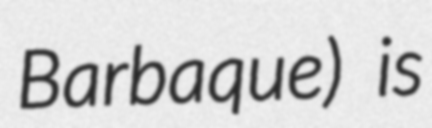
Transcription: Barbaque) is